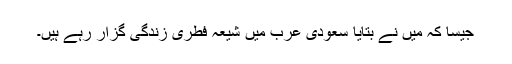
جیسا کہ میں نے بتایا سعودى عرب میں شیعہ فطرى زندگى گزار رہے ہیں۔